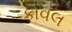
કાવલ